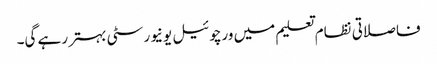
فاصلاتی نظام تعلیم میں ورچوئیل یونیورسٹی بہتر رہے گی۔